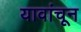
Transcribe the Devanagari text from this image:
यावांचून